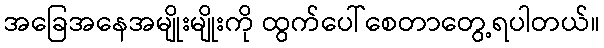
အခြေအနေအမျိုးမျိုးကို ထွက်ပေါ်စေတာတွေ့ရပါတယ်။